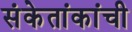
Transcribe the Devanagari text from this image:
संकेतांकांची